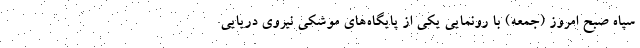
سپاه صبح امروز (جمعه) با رونمایی یکی از پایگاه‌های موشکی نیروی دریایی